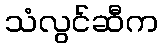
သံလွင်ဆီက